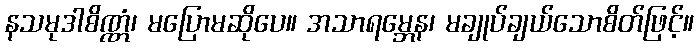
နသမုဒါစိဏ္ဏံ၊ မပြောမဆိုပေ။ အသာရမ္ဘေန၊ မချုပ်ချယ်သောစိတ်ဖြင့်။